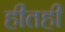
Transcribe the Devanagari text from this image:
हीतही